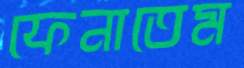
ফেনাতেম